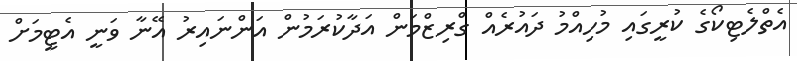
އެތްލެޓިކޯގެ ކުރީގައި މުހިއްމު ދައުރެއް ގްރިޒްމަން އަދާކުރަމުން އަންނައިރު އޭނާ ވަނީ އެޓީމަށް